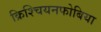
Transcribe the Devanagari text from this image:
क्रिश्चियनफोबिया